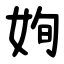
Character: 姰